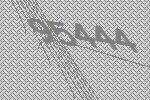
95444